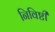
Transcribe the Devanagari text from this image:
निविष्टी